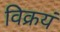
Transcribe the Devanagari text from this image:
विक्रयं